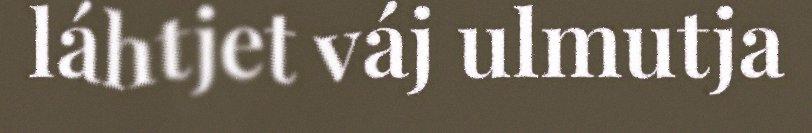
láhtjet váj ulmutja